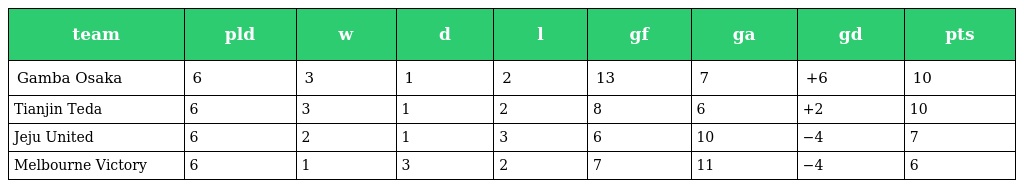
| team | pld | w | d | l | gf | ga | gd | pts |
 | --- | --- | --- | --- | --- | --- | --- | --- | --- |
 | Gamba Osaka | 6 | 3 | 1 | 2 | 13 | 7 | +6 | 10 |
 | Tianjin Teda | 6 | 3 | 1 | 2 | 8 | 6 | +2 | 10 |
 | Jeju United | 6 | 2 | 1 | 3 | 6 | 10 | −4 | 7 |
 | Melbourne Victory | 6 | 1 | 3 | 2 | 7 | 11 | −4 | 6 |